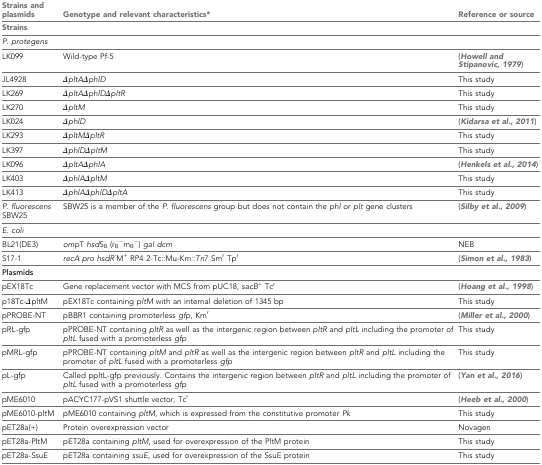
<table><thead><tr><td><b>Strains and plasmids</b></td><td><b>Genotype and relevant characteristics*</b></td><td><b>Reference or source</b></td></tr><tr><td><b>Strains</b></td><td></td><td></td></tr></thead><tbody><tr><td><i>P. protegens</i></td><td></td><td></td></tr><tr><td>LK099</td><td>Wild-type Pf-5</td><td>(Howell and Stipanovic, 1979)</td></tr><tr><td>JL4928</td><td>Δ<i>pltA</i>Δ<i>phlD</i></td><td>This study</td></tr><tr><td>LK269</td><td>Δ<i>pltA</i>Δ<i>phlD</i>Δ<i>pltR</i></td><td>This study</td></tr><tr><td>LK270</td><td>Δ<i>pltM</i></td><td>This study</td></tr><tr><td>LK024</td><td>Δ<i>phlD</i></td><td>(Kidarsa et al., 2011)</td></tr><tr><td>LK293</td><td>Δ<i>pltM</i>Δ<i>pltR</i></td><td>This study</td></tr><tr><td>LK397</td><td>Δ<i>phlD</i>Δ<i>pltM</i></td><td>This study</td></tr><tr><td>LK096</td><td>Δ<i>pltA</i>Δ<i>phlA</i></td><td>(Henkels et al., 2014)</td></tr><tr><td>LK403</td><td>Δ<i>phlA</i>Δ<i>pltM</i></td><td>This study</td></tr><tr><td>LK413</td><td>Δ<i>phlA</i>Δ<i>phlD</i>Δ<i>pltA</i></td><td>This study</td></tr><tr><td><i>P. fluorescens</i> SBW25</td><td>SBW25 is a member of the <i>P. fluorescens</i> group but does not contain the <i>phl</i> or <i>plt</i> gene clusters</td><td>(Silby et al., 2009)</td></tr><tr><td><i>E. coli</i></td><td></td><td></td></tr><tr><td>BL21(DE3)</td><td><i>omp</i>T <i>hsd</i>S<sub>B</sub> (r<sub>B</sub><sup>−</sup>m<sub>B</sub><sup>−</sup>) <i>gal dcm</i></td><td>NEB</td></tr><tr><td>S17-1</td><td><i>recA pro hsdR</i><sup>-</sup>M<sup>+</sup> RP4 2-Tc::Mu-Km::<i>Tn</i>7 Sm<sup>r</sup> Tp<sup>r</sup></td><td>(Simon et al., 1983)</td></tr><tr><td><b>Plasmids</b></td><td></td><td></td></tr><tr><td>pEX18Tc</td><td>Gene replacement vector with MCS from pUC18, <i>sacB</i><sup>+</sup> Tc<sup>r</sup></td><td>(Hoang et al., 1998)</td></tr><tr><td>p18Tc-ΔpltM</td><td>pEX18Tc containing <i>pltM</i> with an internal deletion of 1345 bp</td><td>This study</td></tr><tr><td>pPROBE-NT</td><td>pBBR1 containing promoterless <i>gfp</i>, Km<sup>r</sup></td><td>(Miller et al., 2000)</td></tr><tr><td>pRL-gfp</td><td>pPROBE-NT containing <i>pltR</i> as well as the intergenic region between <i>pltR</i> and <i>pltL</i> including the promoter of <i>pltL</i> fused with a promoterless <i>gfp</i></td><td>This study</td></tr><tr><td>pMRL-gfp</td><td>pPROBE-NT containing <i>pltM</i> and <i>pltR</i> as well as the intergenic region between <i>pltR</i> and <i>pltL</i> including the promoter of <i>pltL</i> fused with a promoterless <i>gfp</i></td><td>This study</td></tr><tr><td>pL-gfp</td><td>Called ppltL-gfp previously. Contains the intergenic region between <i>pltR</i> and <i>pltL</i> including the promoter of <i>pltL</i> fused with a promoterless <i>gfp</i></td><td>(Yan et al., 2016)</td></tr><tr><td>pME6010</td><td>pACYC177-pVS1 shuttle vector, Tc<sup>r</sup></td><td>(Heeb et al., 2000)</td></tr><tr><td>pME6010-pltM</td><td>pME6010 containing <i>pltM</i>, which is expressed from the constitutive promoter <i>Pk</i></td><td>This study</td></tr><tr><td>pET28a(+)</td><td>Protein overexpression vector</td><td>Novagen</td></tr><tr><td>pET28a-PltM</td><td>pET28a containing <i>pltM</i>, used for overexpression of the PltM protein</td><td>This study</td></tr><tr><td>pET28a-SsuE</td><td>pET28a containing <i>ssuE</i>, used for overexpression of the SsuE protein</td><td>This study</td></tr></tbody></table>